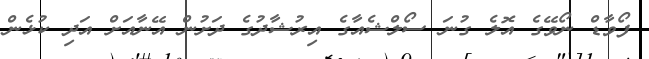
ފޯވާޑް ނޯވޭގެ އޮލެ ގުނަ ސޯލްޝެއާގެ އިރުޝާދުގެ ދަށުން އޭނާއަށް އަދި ކުޅެން